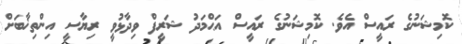
ކޮމިޝަނުގެ ރައީސް އެވެ. ކޮމިޝަނުގެ ރައީސް އަޙްމަދު ޝަރީފް ވިދާޅުވީ ރިޔާސީ އިންތިޚާބަށް